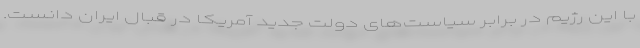
با این رژیم در برابر سیاست‌های دولت جدید آمریکا در قبال ایران دانست.